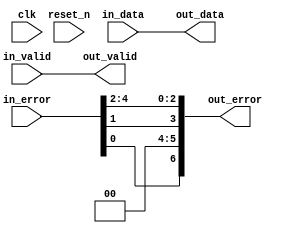
// --------------------------------------------------------------------------------
//| Avalon Streaming Error Adapter
// --------------------------------------------------------------------------------

`timescale 1ns / 100ps
module sonic_v1_15_eth_10g_eth_10g_mac_rx_st_error_adapter_stat (
    
      // Interface: clk
      input              clk,
      // Interface: reset
      input              reset_n,
      // Interface: in
      input              in_valid,
      input      [39: 0] in_data,
      input      [ 4: 0] in_error,
      // Interface: out
      output reg         out_valid,
      output reg [39: 0] out_data,
      output reg [ 6: 0] out_error
);



   // ---------------------------------------------------------------------
   //| Pass-through Mapping
   // ---------------------------------------------------------------------
   always @* begin
      out_valid = in_valid;
      out_data = in_data;

   end

   // ---------------------------------------------------------------------
   //| Error Mapping
   // ---------------------------------------------------------------------
   always @* begin
      out_error = 0;
      
      out_error[0] = in_error[2];   // undersize
      out_error[1] = in_error[3];   // oversize
      out_error[2] = in_error[4];   // payload_length
      out_error[3] = in_error[1];   // crc
      out_error[6] = in_error[0];   // phy
   

   end
endmodule